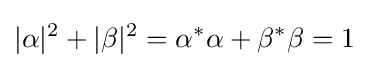
|\alpha |^{2}+|\beta |^{2}=\alpha ^{*}\alpha +\beta ^{*}\beta =1